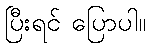
ပြီးရင် ပြောပါ။